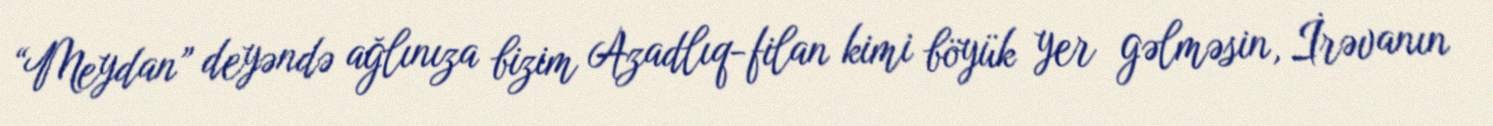
“Meydan” deyəndə ağlınıza bizim Azadlıq-filan kimi böyük yer gəlməsin, İrəvanın